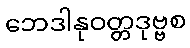
ဘေဒါနုဝတ္တဒုဗ္ဗစ